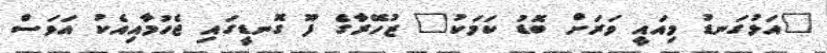
"އަޅުގަނޑު މިއައީ ވަރަށް ބޮޑު ކަމަކު" ޒުހޭރާގެ ފޫ ގޮނޑީގައި ޖެހުމާއިއެކު އަވަސް